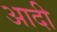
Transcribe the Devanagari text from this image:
अादी